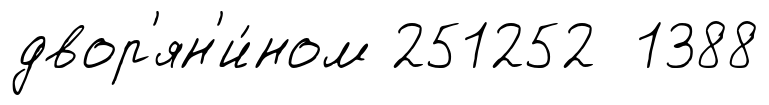
двор'ян'и́ном 251252 1388